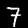
Label: 7